Scottish Leaving Certificate Examination, 1952
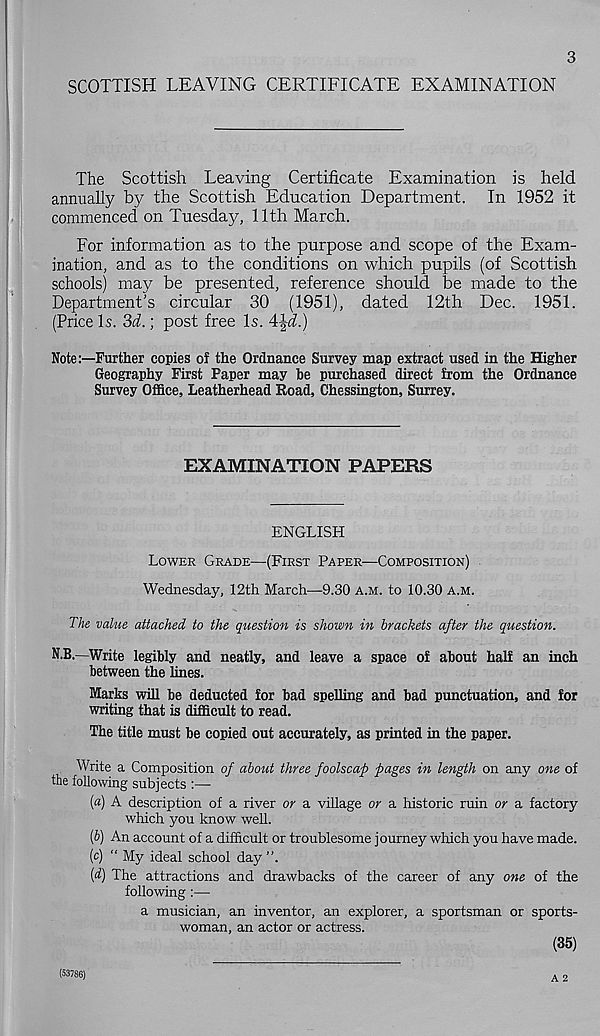
3
SCOTTISH LEAVING CERTIFICATE EXAMINATION
The Scottish Leaving Certificate Examination is held
annually by the Scottish Education Department. In 1952 it
commenced on Tuesday, 11th March.
For information as to the purpose and scope of the Exam-
ination, and as to the conditions on which pupils (of Scottish
schools) may be presented, reference should be made to the
Department's circular 30 (1951), dated 12th Dec. 1951.
(Price Is. 3d.; post free Is. A\d.)
Note:—Further copies of the Ordnance Survey map extract used in the Higher
Geography First Paper may be purchased direct from the Ordnance
Survey Office, Leatherhead Road, Chessington, Surrey.
EXAMINATION PAPERS
ENGLISH
LOWER GRADE—(FIRST PAPER—COMPOSITION)
Wednesday, 12th March—9.30 A.M. to 10.30 A.M.
The value attached to the question is shown in brackets after the question.
N.B.—Write legibly and neatly, and leave a space of about half an inch
between the lines.
Marks will be deducted for bad spelling and bad punctuation, and for
writing that is difficult to read.
The title must be copied out accurately, as printed in the paper.
Write a Composition of about three foolscap pages in length on any one of
the following subjects :—-
(«) A description of a river or a village or a historic ruin or a factory
which you know well.
(b) An account of a difficult or troublesome journey which you have made.
(c) “ My ideal school day ”.
(d) The attractions and drawbacks of the career of any one of the
following :—
a musician, an inventor, an explorer, a sportsman or sports-
woman, an actor or actress.
(35)
A 2
(53786)